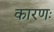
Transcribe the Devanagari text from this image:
कारणः